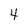
Character: 4